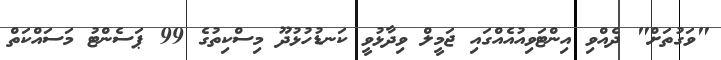
"ވަގުތަށް" ދެއްވި އިންޓަވިއުއެއްގައި ޖަމީލް ވިދާޅުވީ ކަނޑުހުޅުދޫ މިސްކިތުގެ 99 ޕަސެންޓު މަސައްކަތް